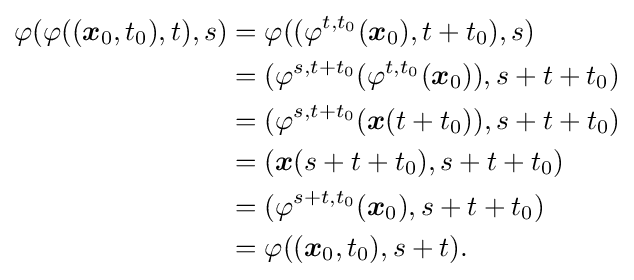
{\begin{aligned}\varphi (\varphi (({\boldsymbol {x}}_{0},t_{0}),t),s)&=\varphi ((\varphi ^{t,t_{0}}({\boldsymbol {x}}_{0}),t+t_{0}),s)\\&=(\varphi ^{s,t+t_{0}}(\varphi ^{t,t_{0}}({\boldsymbol {x}}_{0})),s+t+t_{0})\\&=(\varphi ^{s,t+t_{0}}({\boldsymbol {x}}(t+t_{0})),s+t+t_{0})\\&=({\boldsymbol {x}}(s+t+t_{0}),s+t+t_{0})\\&=(\varphi ^{s+t,t_{0}}({\boldsymbol {x}}_{0}),s+t+t_{0})\\&=\varphi (({\boldsymbol {x}}_{0},t_{0}),s+t).\end{aligned}}